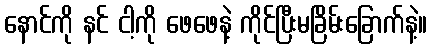
နောင်ကို နင် ငါ့ကို ဖေဖေနဲ့ ကိုင်ပြီးမခြိမ်းခြောက်နဲ့။